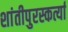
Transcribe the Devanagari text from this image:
शांतीपुरस्कर्त्या